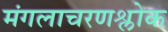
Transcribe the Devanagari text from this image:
मंगलाचरणश्लोक